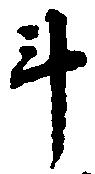
斗